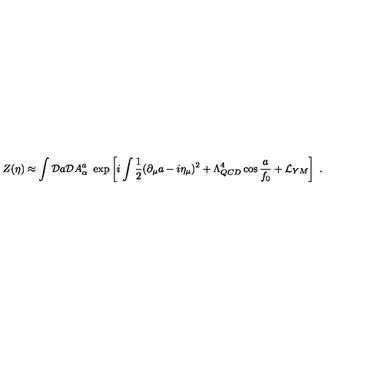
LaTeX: Z ( \eta ) \approx \int { \cal D } a { \cal D } A _ { \alpha } ^ { a } \ \exp \left[ i \int { \frac { 1 } { 2 } } ( \partial _ { \mu } a - i \eta _ { \mu } ) ^ { 2 } + \Lambda _ { Q C D } ^ { 4 } \cos { \frac { a } { f _ { 0 } } } + { \cal L } _ { Y M } \right] \ .